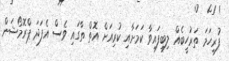
ފުރިހަމަ ތަރުހީބެއް ލިބިފައިވާ ކަމަށާއި ކުރިއަށް އޮތް ތާގައި ވެސް އެފަދަ ޕްރޮމޯޝަން